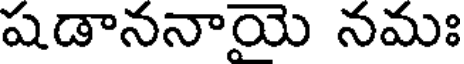
షడాననాయె నమః